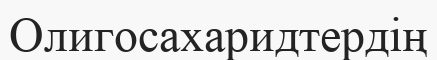
Олигосахаридтердің